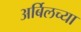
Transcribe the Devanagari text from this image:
अर्बिलच्या